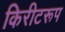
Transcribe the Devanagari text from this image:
किरीटरूप